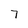
Character: 7